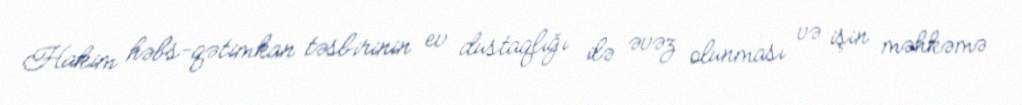
Hakim həbs-qətimkan təsbirinin ev dustaqlığı ilə əvəz olunması və işin məhkəmə